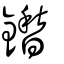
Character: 鑙